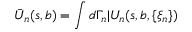
\bar { U } _ { n } ( s , b ) = \int d \Gamma _ { n } | U _ { n } ( s , b , \{ \xi _ { n } \} )